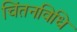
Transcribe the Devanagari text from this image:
चिंतनविधि